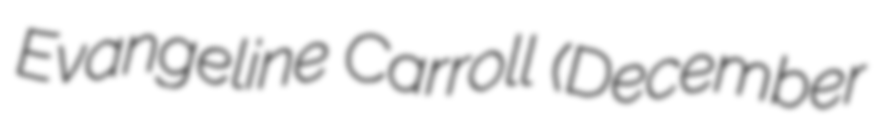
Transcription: Evangeline Carroll (December